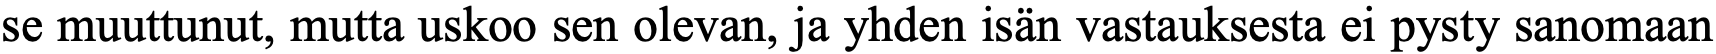
se muuttunut, mutta uskoo sen olevan, ja yhden isän vastauksesta ei pysty sanomaan